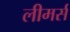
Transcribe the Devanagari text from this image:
लीमर्स